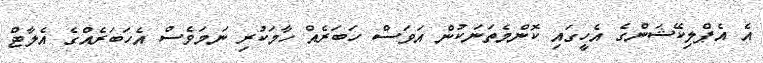
އެ އެޕްލިކޭޝަންގެ އެހީގައި ކޮންމެތަނަކުން އަވަސް ހަބަރެއް ހާމަކުރި ނަމަވެސް އެހަބަރެއްގެ އެލާޓް